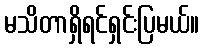
မသိတာရှိရင်ရှင်းပြမယ်။